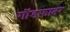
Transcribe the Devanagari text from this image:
गाॅडफादर